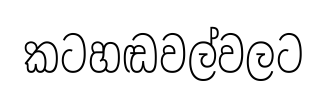
කටහඬවල්වලට